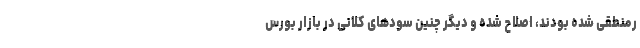
رمنطقی شده بودند، اصلاح شده و دیگر چنین سودهای کلانی در بازار بورس